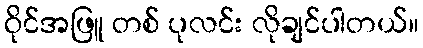
ဝိုင်အဖြူ တစ် ပုလင်း လိုချင်ပါတယ်။